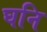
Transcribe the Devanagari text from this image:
घनि